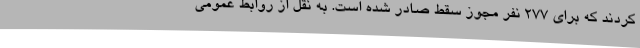
کردند که برای 277 نفر مجوز سقط صادر شده است. به نقل از روابط عمومی